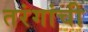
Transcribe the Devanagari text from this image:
तरंगांची